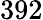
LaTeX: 392